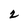
Character: 2